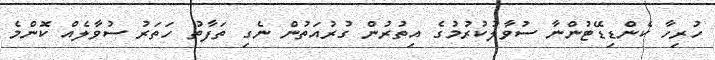
ހުރިހާ ކެންޑިޑޭޓުންނާ ސުވާލުކުރުމުގެ އިތުރުން ގުރުއަތުން ނެގި ތަފާތު ހަތަރު ސުވާލެއް ކޮންމެ